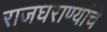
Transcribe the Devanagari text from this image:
राजघराण्यांचे